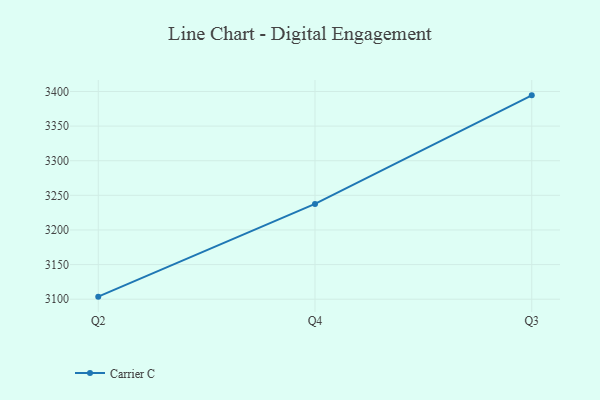
{"axis": {"x": "Quarter", "y": "Revenue (USD Million)"}, "legend": ["Carrier C"], "data": [{"x": "Q2", "y": 3103.7, "type": "Carrier C"}, {"x": "Q4", "y": 3237.6, "type": "Carrier C"}, {"x": "Q3", "y": 3394.4, "type": "Carrier C"}]}